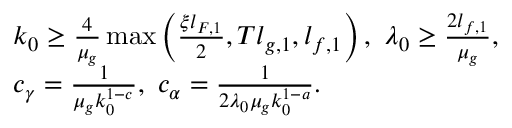
\begin{array} { r l } & { k _ { 0 } \ge \frac { 4 } { \mu _ { g } } \operatorname* { m a x } \left( \frac { \xi l _ { F , 1 } } { 2 } , T l _ { g , 1 } , l _ { f , 1 } \right) , \ \lambda _ { 0 } \ge \frac { 2 l _ { f , 1 } } { \mu _ { g } } , } \\ & { c _ { \gamma } = \frac { 1 } { \mu _ { g } k _ { 0 } ^ { 1 - c } } , \ c _ { \alpha } = \frac { 1 } { 2 \lambda _ { 0 } \mu _ { g } k _ { 0 } ^ { 1 - a } } . } \end{array}